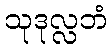
သုဒုလ္လဘံ